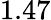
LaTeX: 1.47